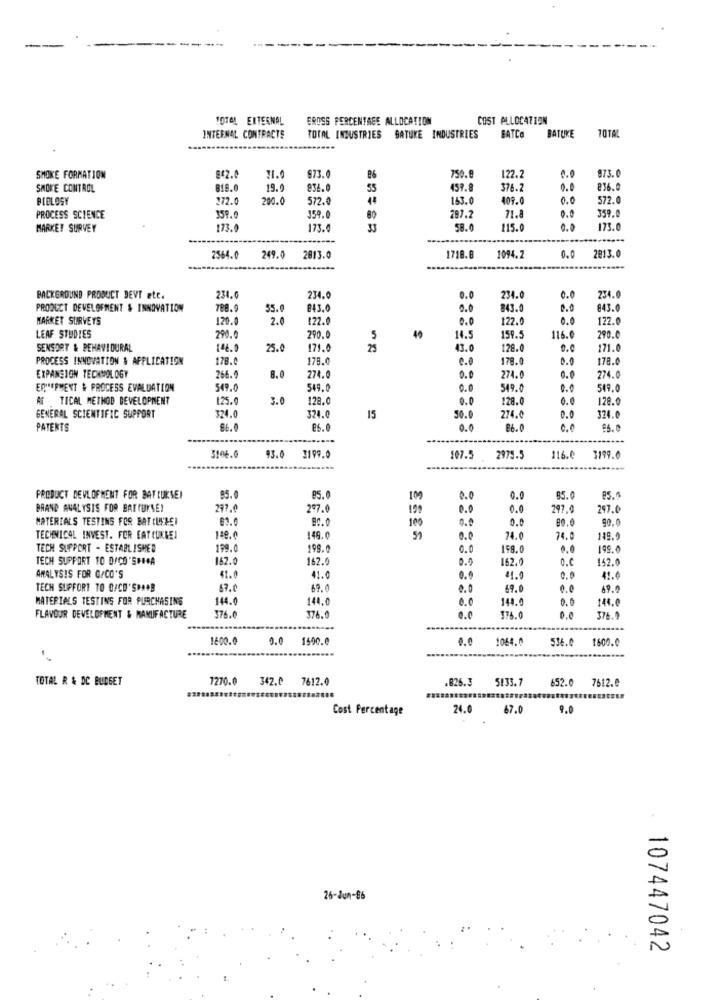
TOTAL EXTERNAL
EROSS PERCENTAGE ALLOCATION
COST ALLOCATION
FATCa
TOTAL
INTERNAL CONTRACTS
TOTAL INDUSTRIES SATUKE INDUSTRIES
BATUKE
-..
873.0
SMOKE FORMATION
842.0
31.0
973.
750.8
122.2
SMOKE CONTROL
19.
836.
157.8
376.2
0.0
836.0
BIBLOSY
272.0
200.0
572.0
44
163.0
409.0
0.0
572.0
287.2
359.0
PROCESS SCIENCE
359.
359.0
80
71.8
0.0
MARKET SURVEY
173.0
173.0
115.0
0.0
173.0
-----
2564.0
249.0
2013.0
1718.8
1094.2
0.0
2813.0
BACKGROUND PRODUCT DEVT etc.
234.0
234.0
0.0
234.0
0.0
234.0
PRODUCT DEVELOPMENT & INNOVATION
788.9
55.
843.0
0.0
843.0
0.0
$43.0
MARKET SURVEYS
120.0
2.0
122.
0.0
122.0
0.0
122.0
LEAF STUDIES
290.0
290,
5
40
14.5
159.5
116.0
290.0
SENSORY & BEHAVIOURAL
146.0
25.0
171.0
25
43.0
128.0
0.0
171.0
PROCESS INNOVATION & APPLICATION
178.0
179.0
0.0
178.0
0.0
178.0
EXPANSION TECHNOLOGY
266.
8.0
274.0
0.0
274.0
0.0
274.0
ER"SPMENT & PROCESS EVALUATION
549.0
549.0
0.0
549.0
0.0
549.0
AS TICAL METHOD DEVELOPMENT
125.0
3.0
128.0
0.0
178.0
0.0
128.0
324.0
GENERAL SCIENTIFIC SUPPORT
324.0
15
50.0
274.0
0.0
324.0
PATENTS
86.0
E6.0
0.0
86. 0
96.0
3106.0
93.0 3199.0
107.5 2975.5
116.0
3199.0
PRODUCT DEVLOPMENT FOR BATCUKSEI
85.
85.0
109
0.0
0.0
85.0
es.
BAAND ANALYSIS FOR BAT THYSEI
297.0
297.0
199
...
0.0
297.
297.0
MATERIALS TESTING FOR BAT (LIRE)
100
0.0
0.0
80.0
90.0
149.0
TECHNICAL INVEST. FOR EAT CONLEI
149.
57
0.0
74.0
74.0
149.9
TECH SUPPORT - ESTABLISHED
199.0
198.
0.0
198.0
0.0
199.0
TECH SUPPORT TO D/CO'SHEA
162.0
162.
0.0
162.9
0.0
142.0
ANALYSIS FOR C/CO'S
41.0
41.0
0.9
41.0
0. 0
41.6
TECH SUPPORT TO O/CD'SHAB
67.0
69.0
...
69.0
0.0
69.0
MATERIALS TESTING FOR PURCHASING
144.0
144.
0.0
144.0
0.0
144.0
FLAVOUR DEVELOPMENT & MANUFACTURE
376.0
376.
0.0
174.0
0.0
376.9
1600.0
0.0 1590.0
1064.0
1600.0
536.0
TOTAL R & DC BUDGET
1270.0
342.0 7612.0
826.3 5133.7
652.0 7612.0
*****..........
Cost Percentage
24.0 67.0
9.0
26-Jun-86
107447042